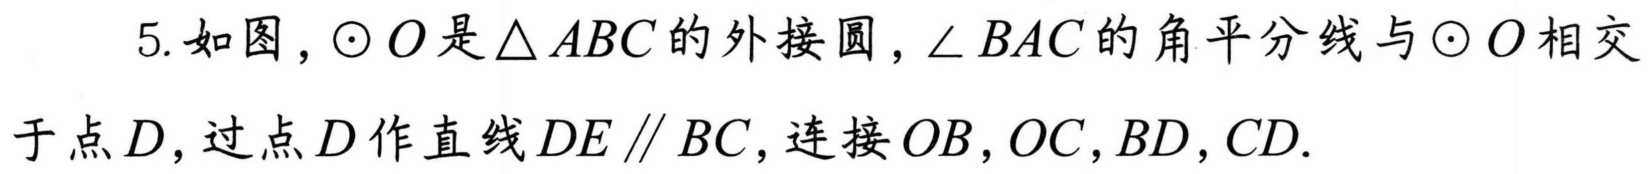
5. 如图，$\odot O$是$\triangle ABC$的外接圆，$\angle BAC$的角平分线与$\odot O$相交于点$D$，过点$D$作直线$DE\parallel BC$，连接$OB,OC,BD,CD.$